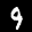
Label: 9